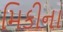
મિકીના